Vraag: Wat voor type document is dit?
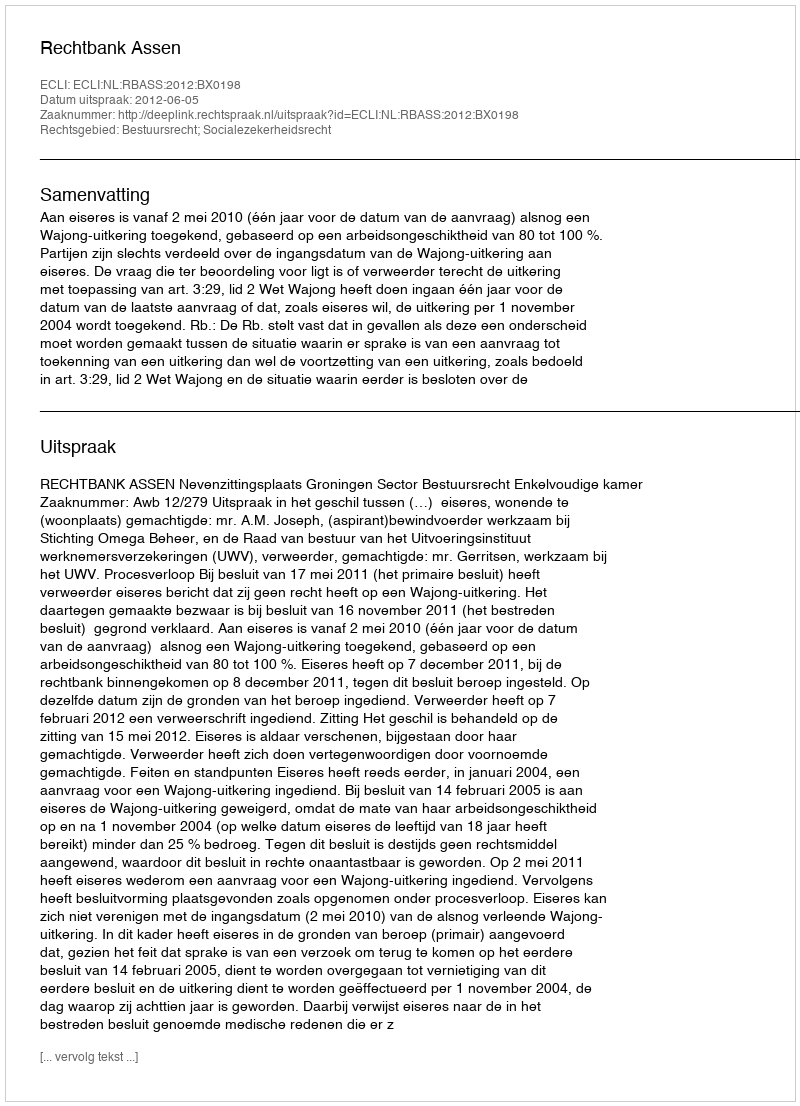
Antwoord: Uitspraak